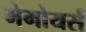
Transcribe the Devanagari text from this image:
मेमोयर्स